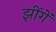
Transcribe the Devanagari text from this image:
झींगें